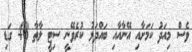
ވެސް މިއަދު ކަމަށާއި އޭނާއާއި ބައްދަލު ކުރެވޭނީ ސިޓީ ލާތާ 48 ގަޑި